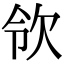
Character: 𣢝